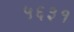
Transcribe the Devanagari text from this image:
५६३१